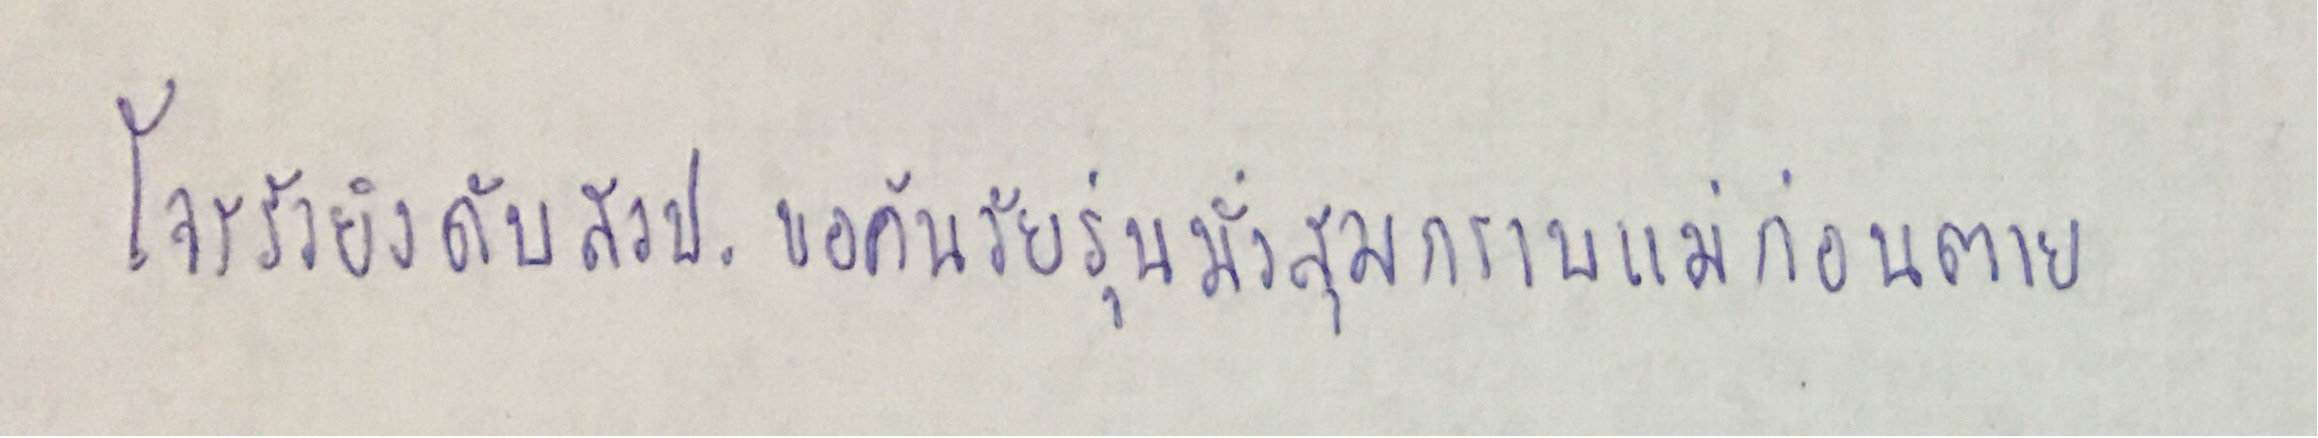
โจรรัวยิงดับสวป.ขอค้นวัยรุ่นมั่วสุมกราบแม่ก่อนตาย